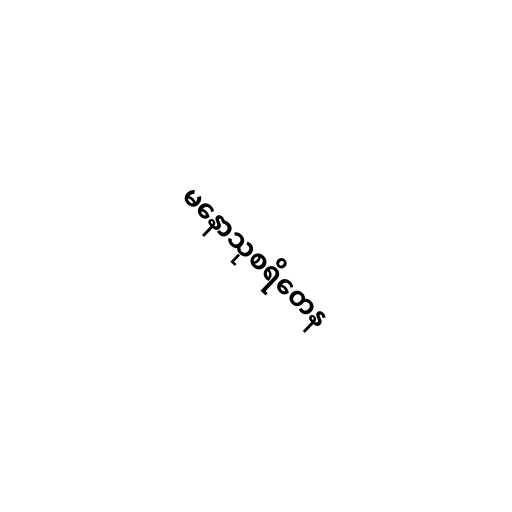
မနောသုစရိတေန